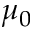
\mu _ { 0 }